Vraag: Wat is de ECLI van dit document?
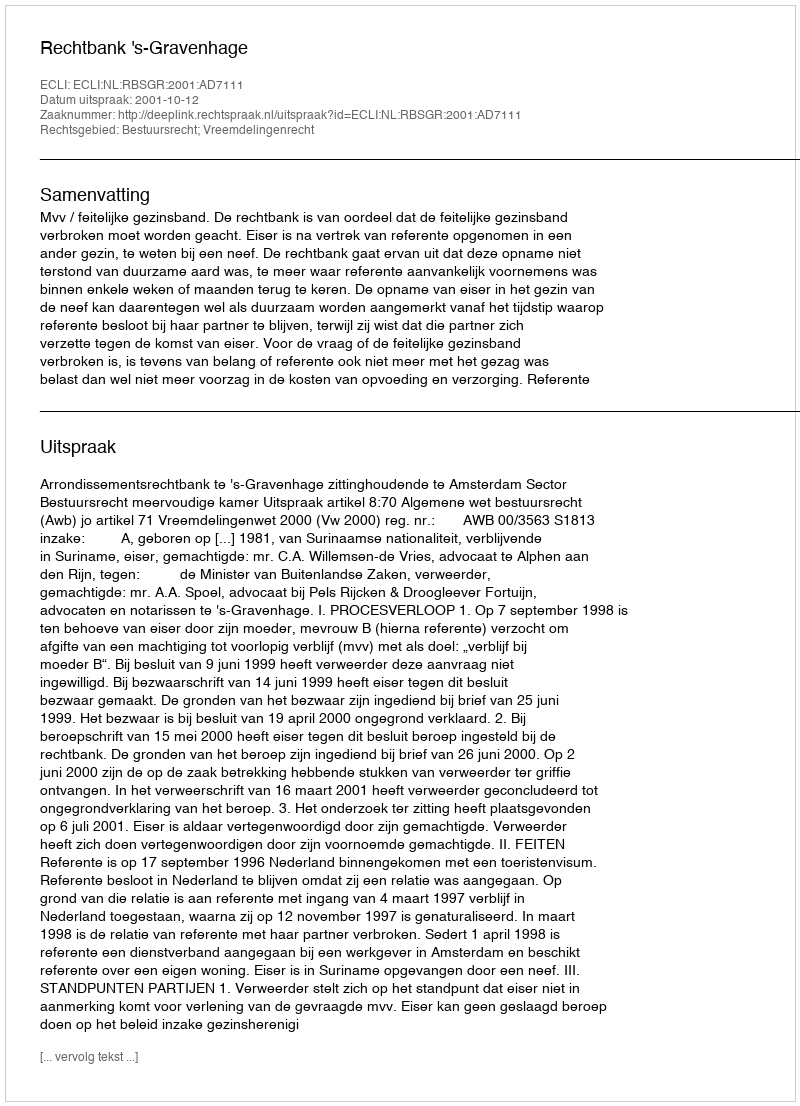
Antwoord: ECLI:NL:RBSGR:2001:AD7111